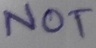
Text: NOT